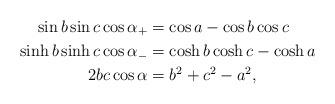
LaTeX: \begin{align*} \sin b\sin c\cos\alpha_{+} &=\cos a-\cos b\cos c \\ \sinh b\sinh c\cos\alpha_{-} &=\cosh b\cosh c -\cosh a\\ 2bc\cos\alpha &= b^2 + c^2 -a^2,\end{align*}